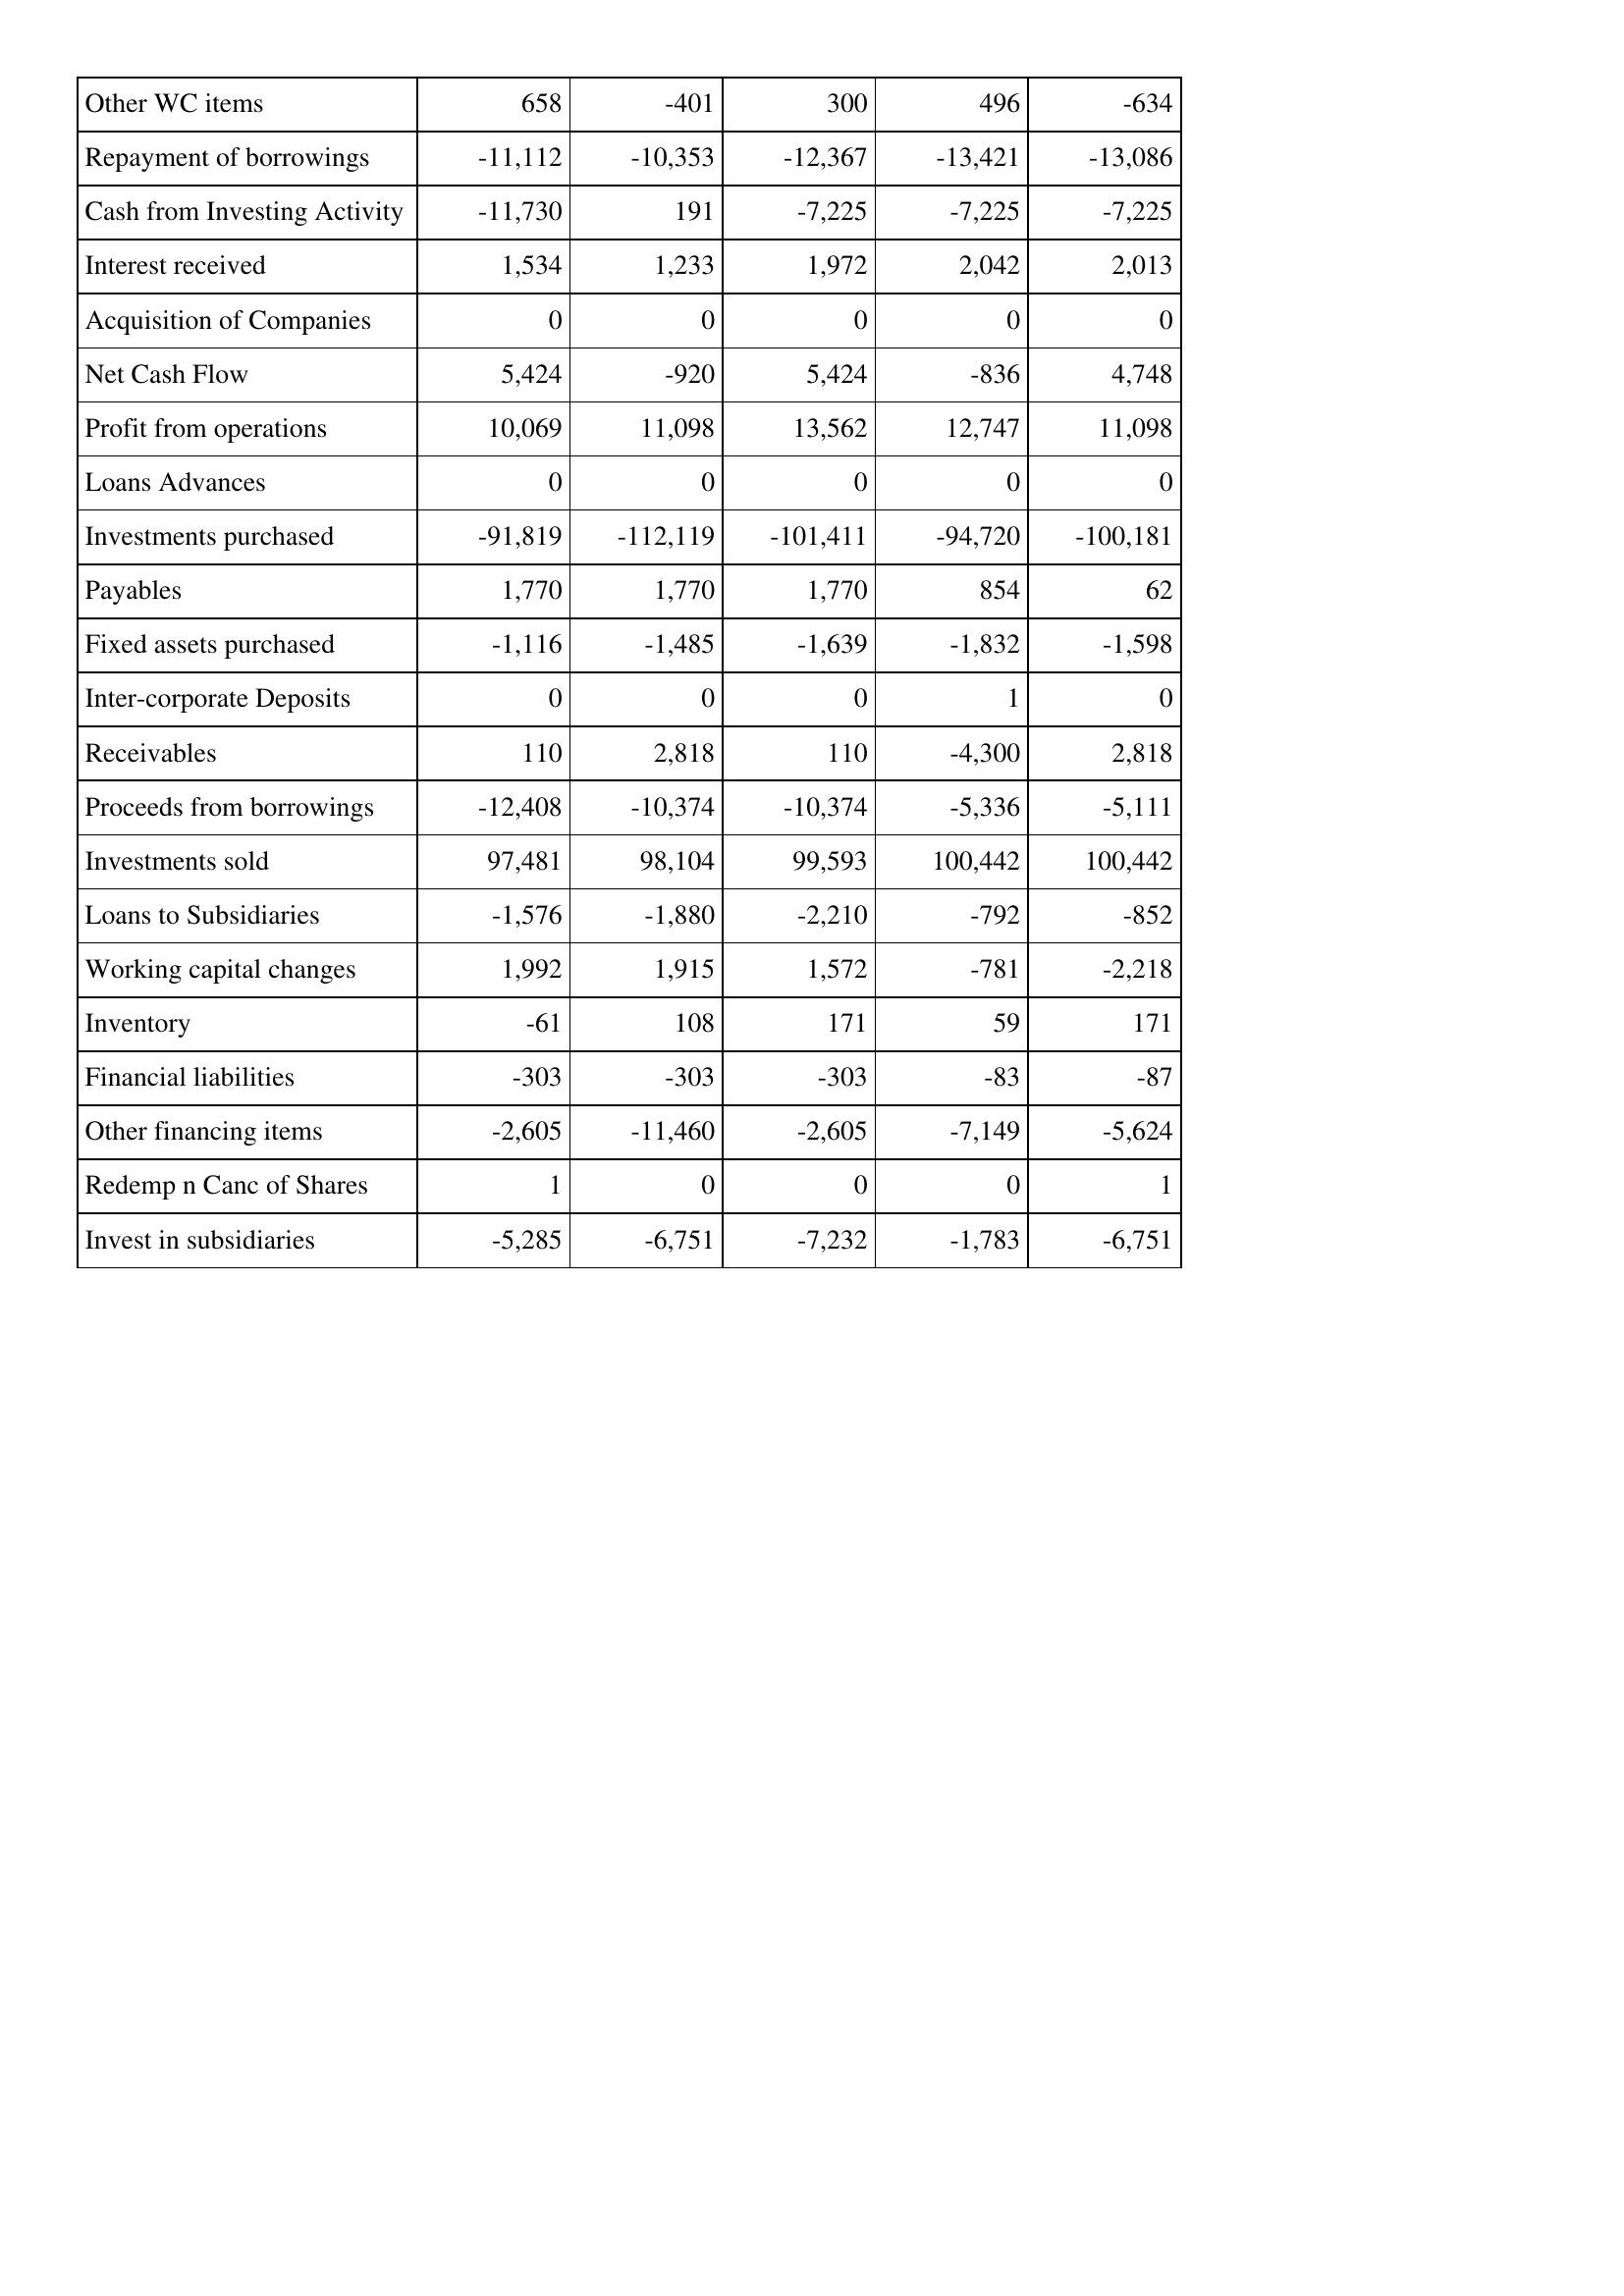
Jul-16: Cash Flows: Other WC items: 658
Repayment of borrowings: -11,112
Cash from Investing Activity: -11,730
Interest received: 1,534
Acquisition of Companies: 0
Net Cash Flow: 5,424
Profit from operations: 10,069
Loans Advances: 0
Investments purchased: -91,819
Payables: 1,770
Fixed assets purchased: -1,116
Inter-corporate Deposits: 0
Receivables: 110
Proceeds from borrowings: -12,408
Investments sold: 97,481
Loans to Subsidiaries: -1,576
Working capital changes: 1,992
Inventory: -61
Financial liabilities: -303
Other financing items: -2,605
Redemp n Canc of Shares: 1
Invest in subsidiaries: -5,285
Jul-15: Cash Flows: Other WC items: -401
Repayment of borrowings: -10,353
Cash from Investing Activity: 191
Interest received: 1,233
Acquisition of Companies: 0
Net Cash Flow: -920
Profit from operations: 11,098
Loans Advances: 0
Investments purchased: -112,119
Payables: 1,770
Fixed assets purchased: -1,485
Inter-corporate Deposits: 0
Receivables: 2,818
Proceeds from borrowings: -10,374
Investments sold: 98,104
Loans to Subsidiaries: -1,880
Working capital changes: 1,915
Inventory: 108
Financial liabilities: -303
Other financing items: -11,460
Redemp n Canc of Shares: 0
Invest in subsidiaries: -6,751
Jul-14: Cash Flows: Other WC items: 300
Repayment of borrowings: -12,367
Cash from Investing Activity: -7,225
Interest received: 1,972
Acquisition of Companies: 0
Net Cash Flow: 5,424
Profit from operations: 13,562
Loans Advances: 0
Investments purchased: -101,411
Payables: 1,770
Fixed assets purchased: -1,639
Inter-corporate Deposits: 0
Receivables: 110
Proceeds from borrowings: -10,374
Investments sold: 99,593
Loans to Subsidiaries: -2,210
Working capital changes: 1,572
Inventory: 171
Financial liabilities: -303
Other financing items: -2,605
Redemp n Canc of Shares: 0
Invest in subsidiaries: -7,232
Jul-13: Cash Flows: Other WC items: 496
Repayment of borrowings: -13,421
Cash from Investing Activity: -7,225
Interest received: 2,042
Acquisition of Companies: 0
Net Cash Flow: -836
Profit from operations: 12,747
Loans Advances: 0
Investments purchased: -94,720
Payables: 854
Fixed assets purchased: -1,832
Inter-corporate Deposits: 1
Receivables: -4,300
Proceeds from borrowings: -5,336
Investments sold: 100,442
Loans to Subsidiaries: -792
Working capital changes: -781
Inventory: 59
Financial liabilities: -83
Other financing items: -7,149
Redemp n Canc of Shares: 0
Invest in subsidiaries: -1,783
Jul-12: Cash Flows: Other WC items: -634
Repayment of borrowings: -13,086
Cash from Investing Activity: -7,225
Interest received: 2,013
Acquisition of Companies: 0
Net Cash Flow: 4,748
Profit from operations: 11,098
Loans Advances: 0
Investments purchased: -100,181
Payables: 62
Fixed assets purchased: -1,598
Inter-corporate Deposits: 0
Receivables: 2,818
Proceeds from borrowings: -5,111
Investments sold: 100,442
Loans to Subsidiaries: -852
Working capital changes: -2,218
Inventory: 171
Financial liabilities: -87
Other financing items: -5,624
Redemp n Canc of Shares: 1
Invest in subsidiaries: -6,751